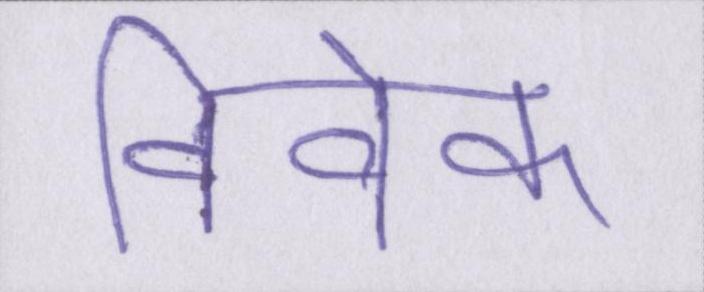
विवेक